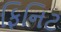
ફિનિટ